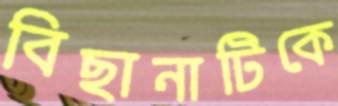
বিছানাটিকে